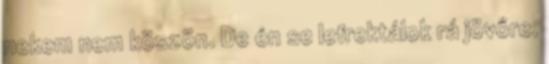
nekem nem köszön. De én se lefrektálok rá jövőre.